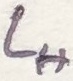
Text: LH